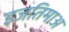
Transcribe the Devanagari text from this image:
इजतिमाअ